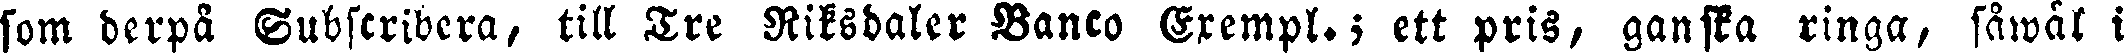
som derpå Subscribera, till Tre Riksdaler Banco Exempl.; ett pris, ganska ringa, såwäl i